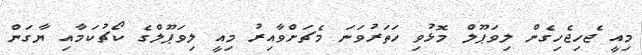
މިއީ ޖެހިޖެހިގެން ލިވަޕޫލް މޮޅުވި ހަތަރުވަނަ މެޗަށްވާއިރު މިއީ ލިވަޕޫލްގެ ކޯޗުކަމާއި ޔާގަން